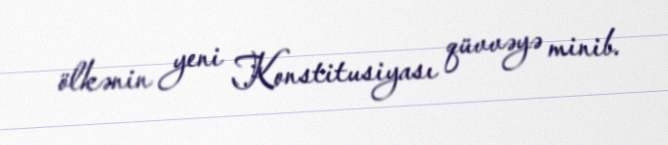
ölkənin yeni Konstitusiyası qüvvəyə minib.